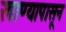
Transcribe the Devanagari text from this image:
खाण्यापासून